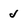
Character: J